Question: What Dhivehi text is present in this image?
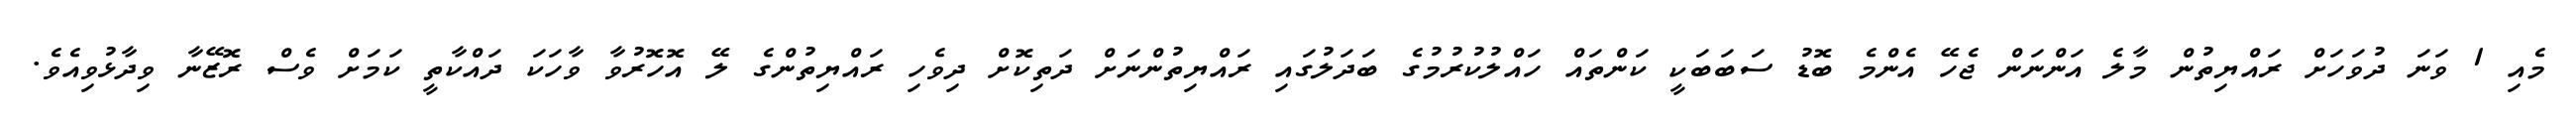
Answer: މެއި 1 ވަނަ ދުވަހަށް ރައްޔިތުން މާލެ އަންނަން ޖެހޭ އެންމެ ބޮޑު ސަބަބަކީ ކަންތައް ހައްލުކުރުމުގެ ބަދަލުގައި ރައްޔިތުންނަށް ދަތިކޮށް ދިވެހި ރައްޔިތުންގެ ލޭ އޮހޮރުވާ ވާހަކަ ދައްކާތީ ކަމަށް ވެސް ރޮޒޭނާ ވިދާޅުވިއެވެ.